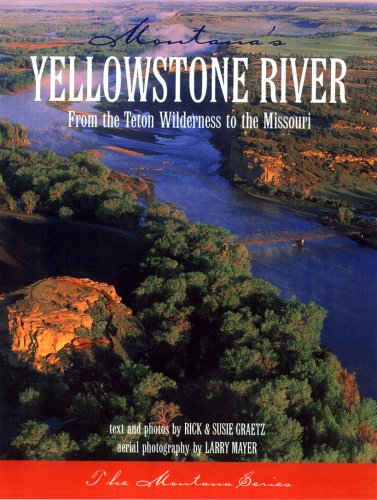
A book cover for Montana's Yellowstone River: From the Teton Wilderness to the Missouri; Rick Graetz; Travel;